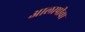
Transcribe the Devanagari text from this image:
आलापीचा